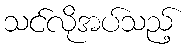
သင်လိုအပ်သည့်